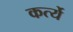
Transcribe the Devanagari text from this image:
कर्त्ये